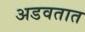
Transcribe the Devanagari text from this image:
अडवतात